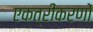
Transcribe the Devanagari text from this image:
एकत्रीकरणों